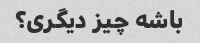
باشه چیز دیگری؟